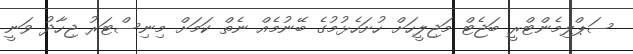
ސަޕްލިމެންޓްރީ ބަޖެޓް މަޖިލީހަށް ހުށަހެޅުމުގެ ބޭނުމެއް ނެތް ކަމަށް މިނިސްޓަރު ޖިހާދު ވަނީ